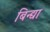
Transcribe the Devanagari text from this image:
बिन्द्या